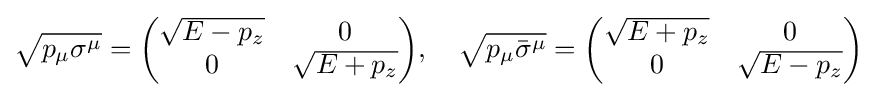
{\sqrt {p_{\mu }\sigma ^{\mu }}}={\begin{pmatrix}{\sqrt {E-p_{z}}}&0\\0&{\sqrt {E+p_{z}}}\end{pmatrix}},\quad {\sqrt {p_{\mu }{\bar {\sigma }}^{\mu }}}={\begin{pmatrix}{\sqrt {E+p_{z}}}&0\\0&{\sqrt {E-p_{z}}}\end{pmatrix}}